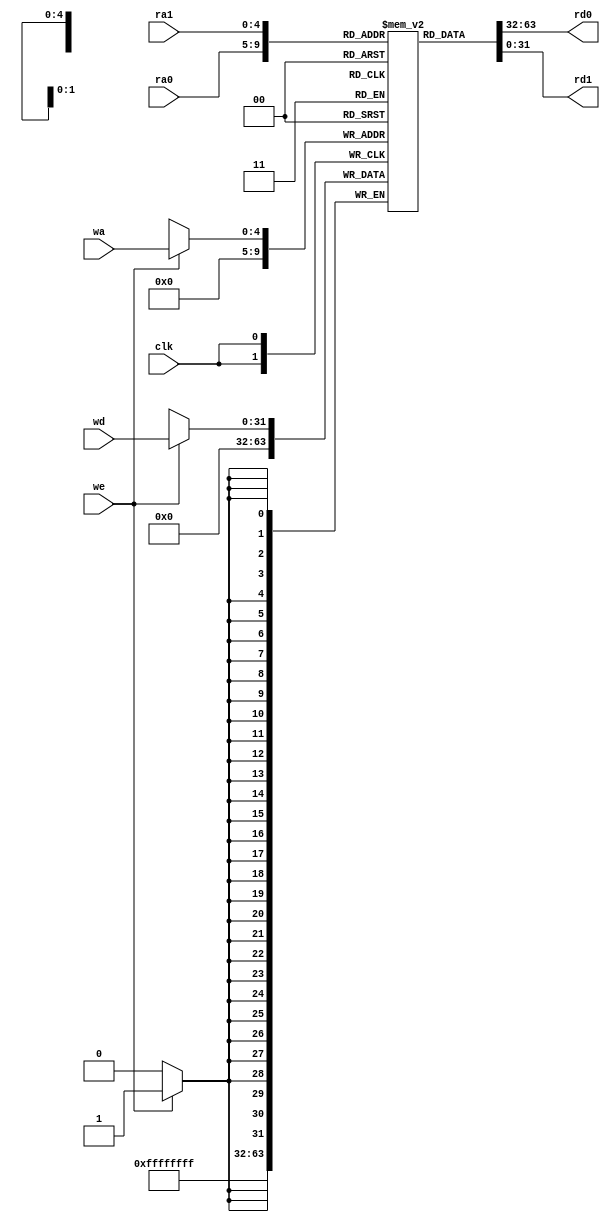
module reg_file #(
    parameter WIDTH = 32)
    (
    input  clk,             
    input  [4:0] ra0,
    output [WIDTH-1:0] rd0,      
    input  [4:0] ra1,
    output [WIDTH-1:0] rd1,     
    input  [4:0] wa,       
    input  we,              
    input  [WIDTH-1:0] wd
);
    reg [WIDTH-1:0] regfile [0:31];
    assign rd0 = regfile[ra0];
    assign rd1 = regfile[ra1];
    always @(posedge clk) 
    begin
        if (we) regfile[wa] <= wd;
        regfile[0] <= 32'b0;
    end
endmodule